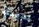
بدينة